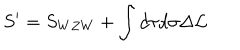
LaTeX: S ^ { \prime } = S _ { W Z W } + \int d \tau d \sigma \Delta { \cal L }